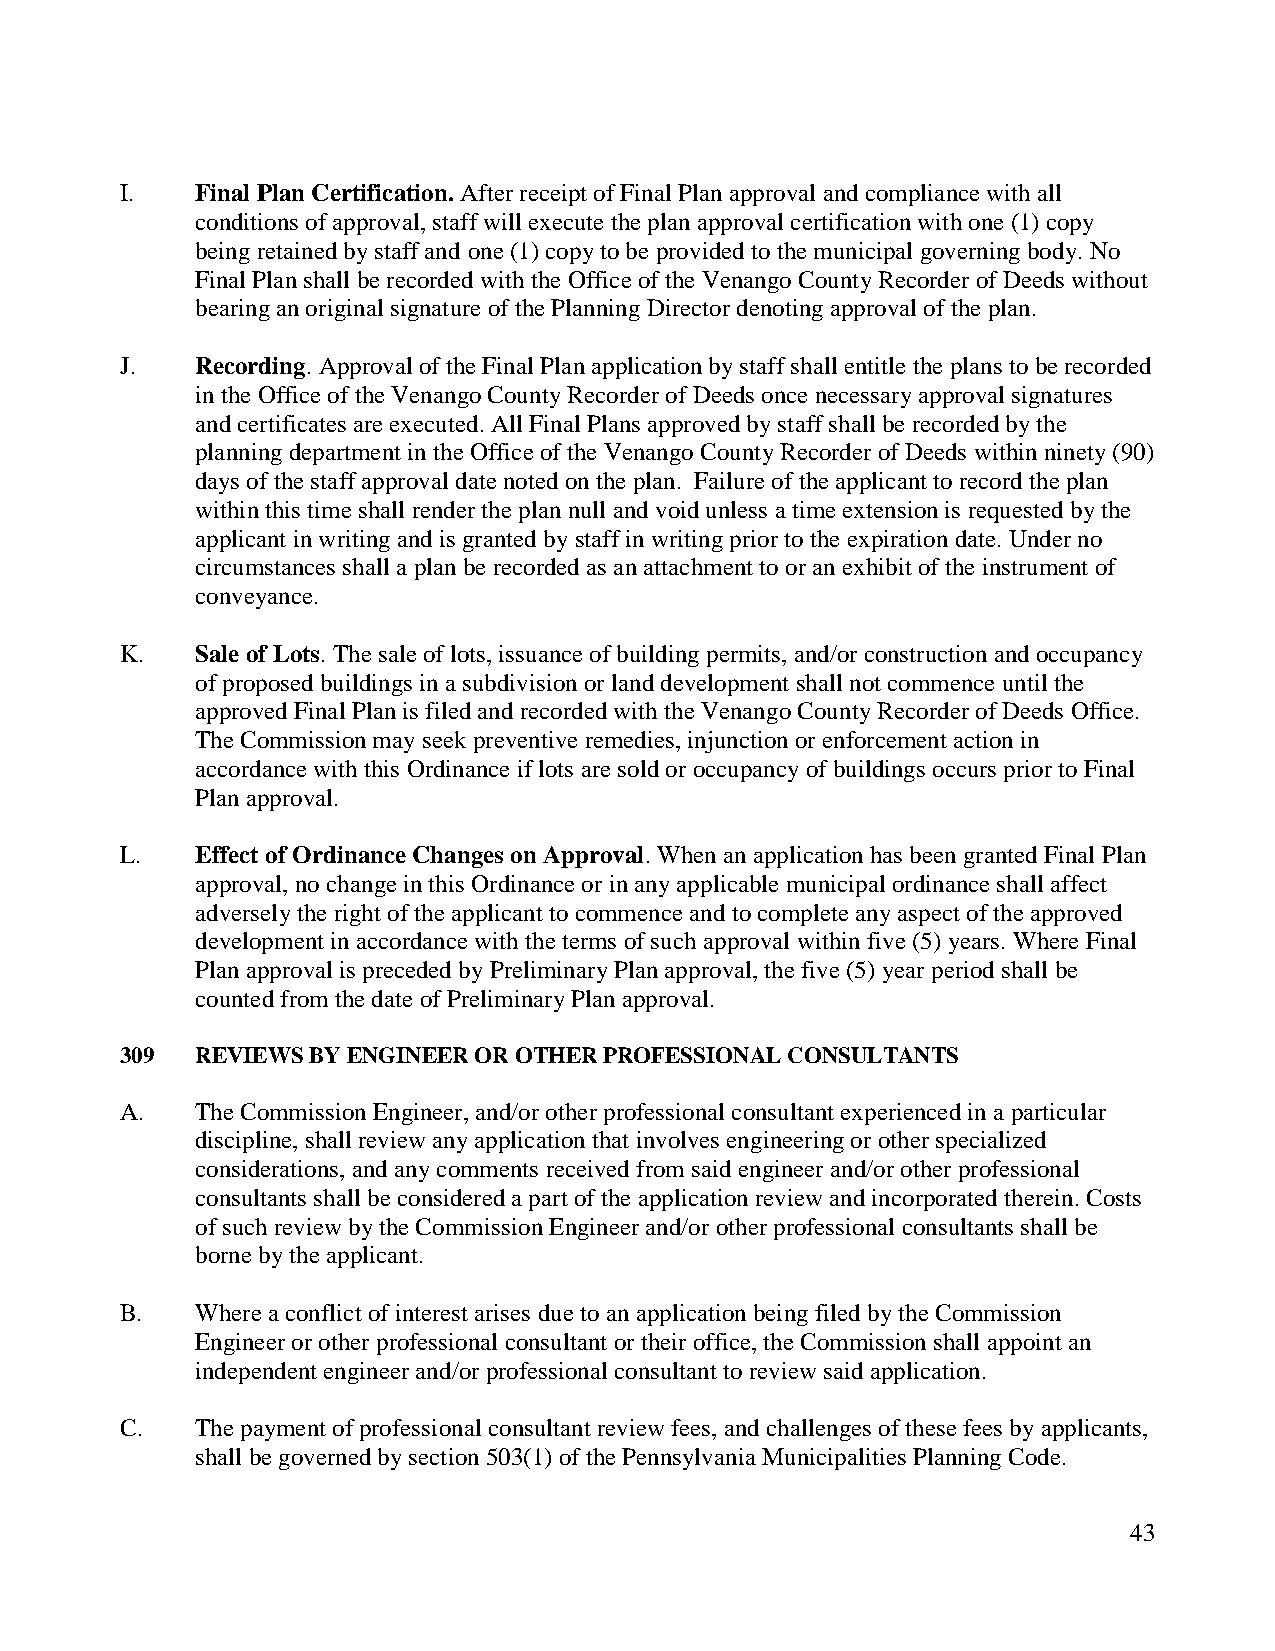
I.   Final Plan Certification. After receipt of Final Plan approval and compliance with all
 conditions of approval, staff will execute the plan approval certification with one (1) copy
 being retained by staff and one (1) copy to be provided to the municipal governing body. No
 Final Plan shall be recorded with the Office of the Venango County Recorder of Deeds without
 bearing an original signature of the Planning Director denoting approval of the plan.
 J.   Recording. Approval of the Final Plan application by staff shall entitle the plans to be recorded
 in the Office of the Venango County Recorder of Deeds once necessary approval signatures
 and certificates are executed. All Final Plans approved by staff shall be recorded by the
 planning department in the Office of the Venango County Recorder of Deeds within ninety (90)
 days of the staff approval date noted on the plan. Failure of the applicant to record the plan
 within this time shall render the plan null and void unless a time extension is requested by the
 applicant in writing and is granted by staff in writing prior to the expiration date. Under no
 circumstances shall a plan be recorded as an attachment to or an exhibit of the instrument of
 conveyance.
 K.   Sale of Lots. The sale of lots, issuance of building permits, and/or construction and occupancy
 of proposed buildings in a subdivision or land development shall not commence until the
 approved Final Plan is filed and recorded with the Venango County Recorder of Deeds Office.
 The Commission may seek preventive remedies, injunction or enforcement action in
 accordance with this Ordinance if lots are sold or occupancy of buildings occurs prior to Final
 Plan approval.
 L.   Effect of Ordinance Changes on Approval. When an application has been granted Final Plan
 approval, no change in this Ordinance or in any applicable municipal ordinance shall affect
 adversely the right of the applicant to commence and to complete any aspect of the approved
 development in accordance with the terms of such approval within five (5) years. Where Final
 Plan approval is preceded by Preliminary Plan approval, the five (5) year period shall be
 counted from the date of Preliminary Plan approval.
 309  REVIEWS BY ENGINEER OR OTHER PROFESSIONAL CONSULTANTS
 A.   The Commission Engineer, and/or other professional consultant experienced in a particular
 discipline, shall review any application that involves engineering or other specialized
 considerations, and any comments received from said engineer and/or other professional
 consultants shall be considered a part of the application review and incorporated therein. Costs
 of such review by the Commission Engineer and/or other professional consultants shall be
 borne by the applicant.
 B.   Where a conflict of interest arises due to an application being filed by the Commission
 Engineer or other professional consultant or their office, the Commission shall appoint an
 independent engineer and/or professional consultant to review said application.
 C.   The payment of professional consultant review fees, and challenges of these fees by applicants,
 shall be governed by section 503(1) of the Pennsylvania Municipalities Planning Code.
 43